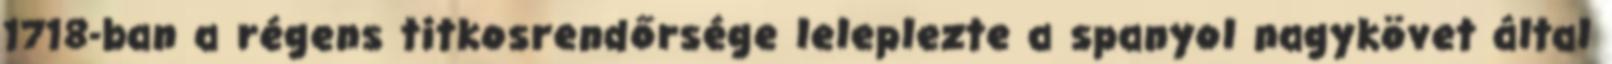
1718-ban a régens titkosrendőrsége leleplezte a spanyol nagykövet által